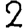
Digit: 2